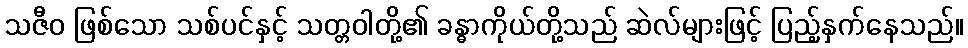
သဇီဝ ဖြစ်သော သစ်ပင်နှင့် သတ္တဝါတို့၏ ခန္ဓာကိုယ်တို့သည် ဆဲလ်များဖြင့် ပြည့်နှက်နေသည်။